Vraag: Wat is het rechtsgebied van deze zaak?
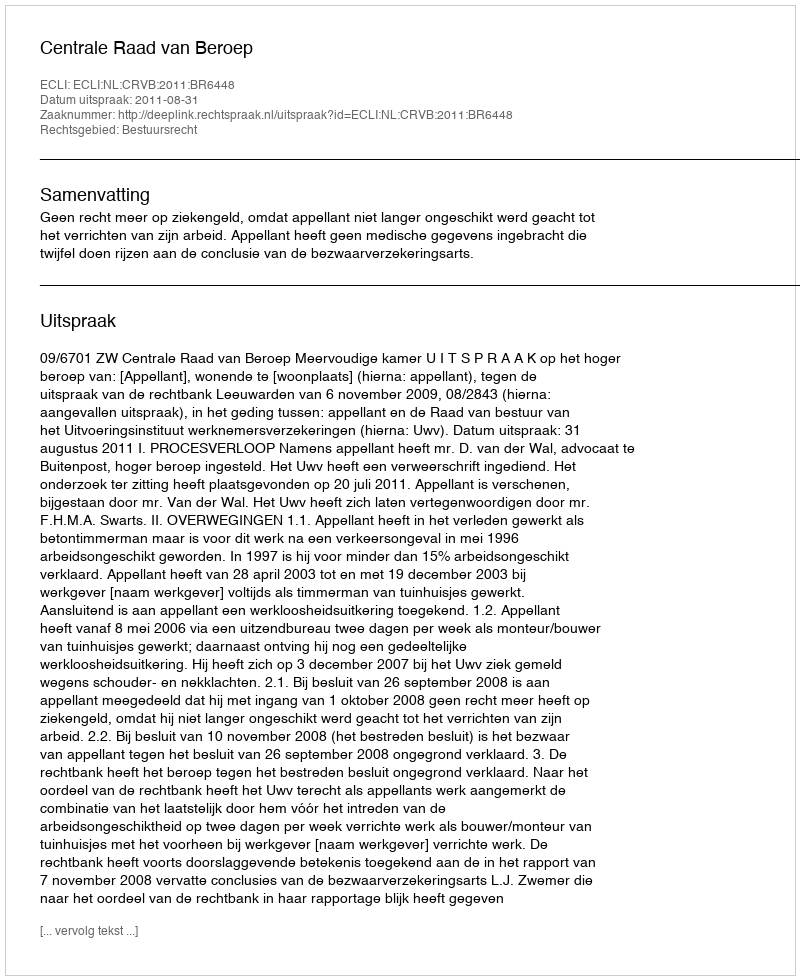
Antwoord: Bestuursrecht